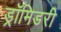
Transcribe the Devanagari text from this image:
ड्रॉमिडरी